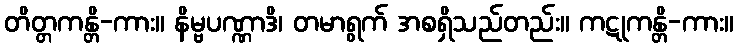
တိတ္တကန္တိ-ကား။ နိမ္ဗပဏ္ဏာဒိ၊ တမာရွက် အစရှိသည်တည်း။ ကဋုကန္တိ-ကား။